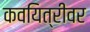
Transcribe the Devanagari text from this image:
कवयित्रीवर